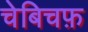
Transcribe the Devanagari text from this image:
चेबिचफ़